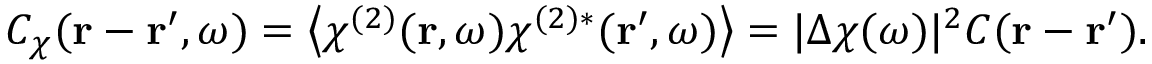
C _ { \chi } ( \boldsymbol { \mathbf { r } } - \boldsymbol { \mathbf { r } } ^ { \prime } , \omega ) = \left\langle \chi ^ { ( 2 ) } ( \boldsymbol { \mathbf { r } } , \omega ) \chi ^ { ( 2 ) * } ( \boldsymbol { \mathbf { r } } ^ { \prime } , \omega ) \right\rangle = | \Delta \chi ( \omega ) | ^ { 2 } C ( \boldsymbol { \mathbf { r } } - \boldsymbol { \mathbf { r } } ^ { \prime } ) .